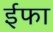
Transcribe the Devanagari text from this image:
ईफा